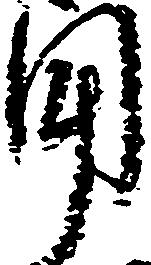
用